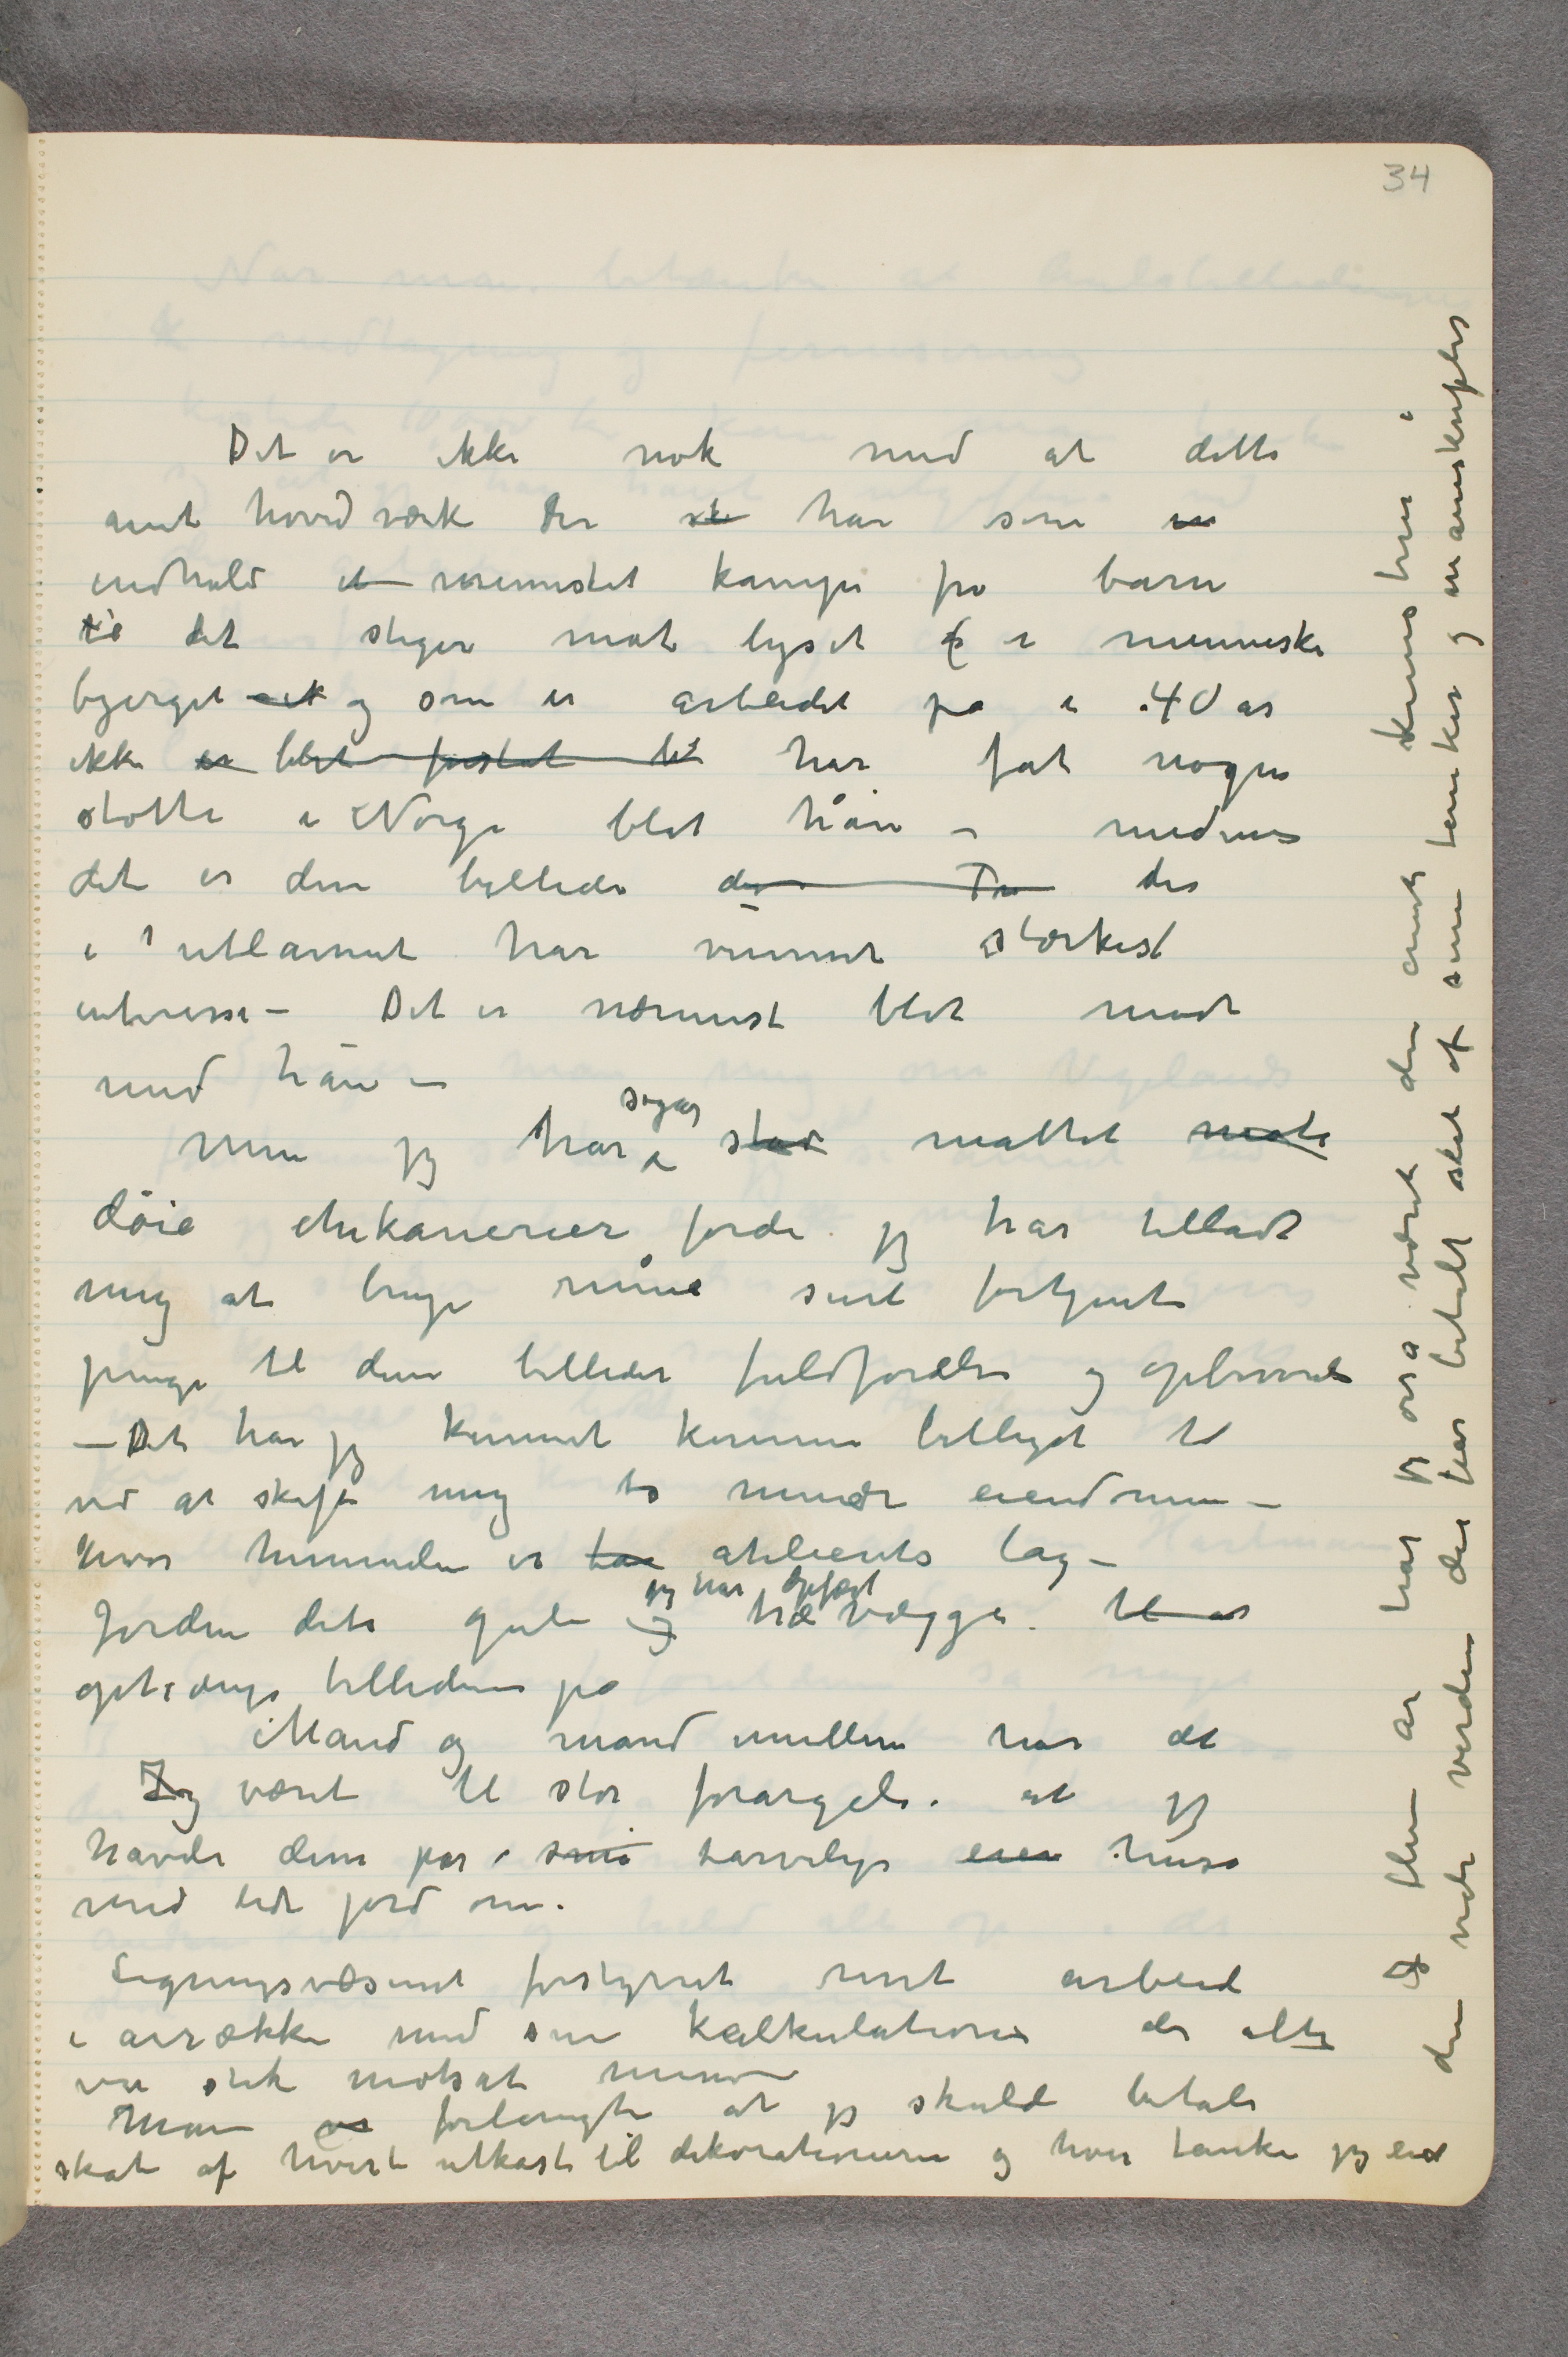
8

Det er ikke nok med at dette
mit hovedværk der st han som in
endhuld et mennstet kampe fra barn
to det stiger mot lyset f i menneske
bjerget et og som er arbeidet på i 90 år
ikke er blit førstet til har fat nogen
støtte i Norge blot han – mede
det er disse billeder der For der
i  utlannet har vennet stærkest
interisse – Det er nærmest blot modt
med han –
Men jeg har  stå måttet mate
døie chikanerier forde jeg har tilladt
mig at bruge mine sinet fortjent
penge til disse billeder fuldførdlse og opbovvede
Det har jeg kunmet komme billiget til
ved at skaffe mig to mindre eiendomme
Hvor hummelen er tar atelierets lag –
Jorden det gute g ægge til er
optrænge billedernee på
Mand og mand mellem har dt
Jeg været til stor forargelse at jeg
havde disse pår små tarvelige einn huso
med lidt jord om
Eigningsvæsenet forstyrret mit arbeid
i arrække med sin kalkulatione der alte
var stik motsat mine
Man va forlangte at jeg skulde betale
skat af hvirt utkast til dekorationerne og hvir tanke jeg eid